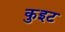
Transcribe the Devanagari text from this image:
कुइट